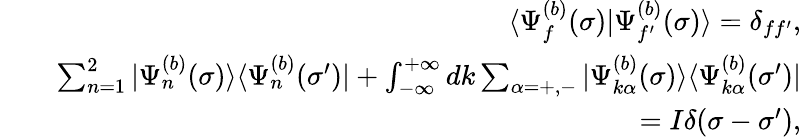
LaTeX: \begin{array}{rlr}&{}&{\langle\Psi_{f}^{(b)}(\sigma)|\Psi_{f^{\prime}}^{(b)}(\sigma)\rangle=\delta_{ff^{\prime}},}\\ &{}&{\sum_{n=1}^{2}|\Psi_{n}^{(b)}(\sigma)\rangle\langle\Psi_{n}^{(b)}(\sigma^{\prime})|+\int_{-\infty}^{+\infty}dk\sum_{\alpha=+,-}|\Psi_{k\alpha}^{(b)}(\sigma)\rangle\langle\Psi_{k\alpha}^{(b)}(\sigma^{\prime})|}\\ &{}&{=I\delta(\sigma-\sigma^{\prime}),}\end{array}